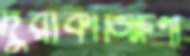
দুরাকাঙ্ক্ষিণী